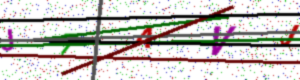
Text: J7AVJ